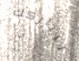
ليباركك